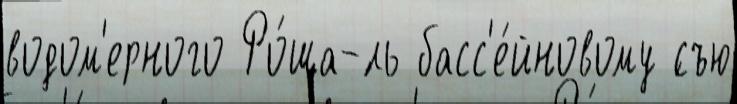
водом'ерного Ро́ща-́ль басс'е́йновому ́съю